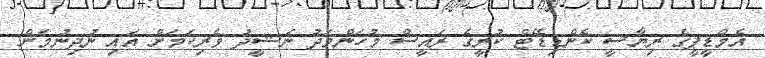
އެމްޑީޕީގެ ރިޔާސީ ކެންޑިޑޭޓް ކުރީގެ ރައީސް މުހަންމަދު ނަޝީދު ވެރިކަމަށް އައި ނުދިނުމަށް